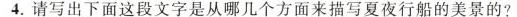
4.请写出下面这段文字是从哪几个方面来描写夏夜行船的美景的?